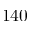
1 4 0